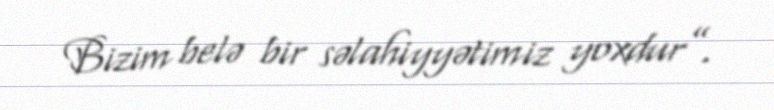
Bizim belə bir səlahiyyətimiz yoxdur”.